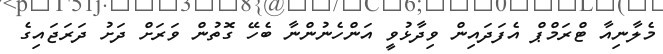
މެލާނިއާ ޓްރަމްޕް އެފަދައިން ވިދާޅުވީ އަންހެނުންނާ ބެހޭ ގޮތުން ވަރަށް ދަށު ދަރަޖައިގެ